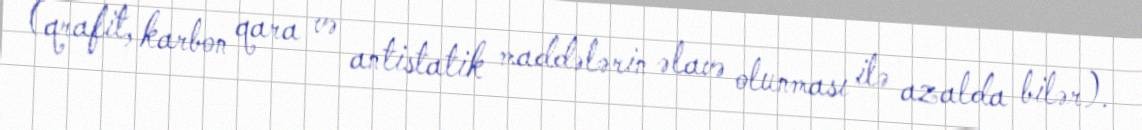
(qrafit, karbon qara və antistatik maddələrin əlavə olunması ilə azalda bilər).